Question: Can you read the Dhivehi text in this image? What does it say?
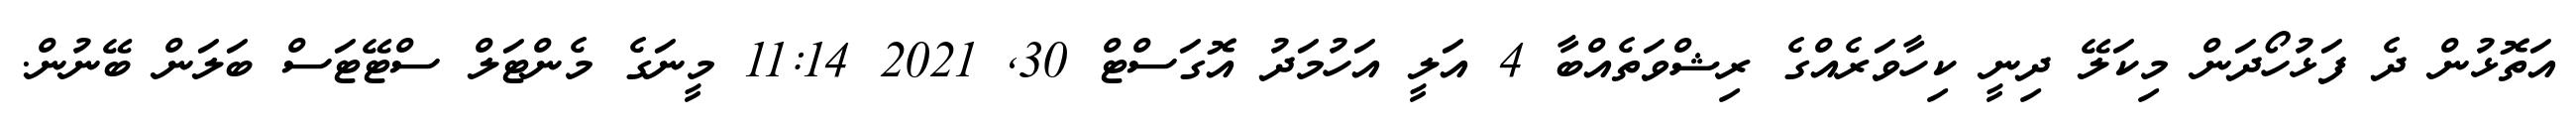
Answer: އަތޮޅުން ދެ ފަޅުހޯދަން މިކަލޭ ދިނީ ކިހާވަރެއްގެ ރިޝްވަތެއްބާ 4 އަލީ އަހުމަދު އޮގަސްޓް 30, 2021 11:14 މީނަގެ މެންޓަލް ސްޓޭޓަސް ބަލަން ބޭނުން.